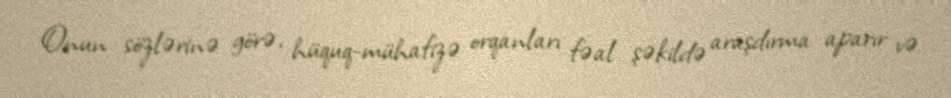
Onun sözlərinə görə, hüquq-mühafizə orqanları fəal şəkildə araşdırma aparır və